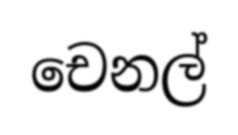
චෙනල්